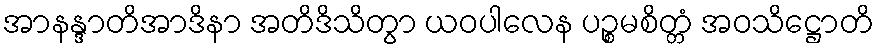
အာနန္ဒာတိအာဒိနာ အတိဒိသိတွာ ယဝပါလေန ပဉ္စမစိတ္တံ အဝသိဋ္ဌောတိ